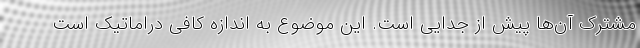
مشترک آن‌ها پیش از جدایی است. این موضوع به اندازه کافی دراماتیک است